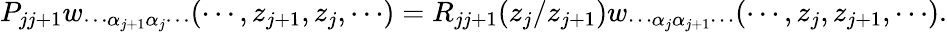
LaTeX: P_{jj+1}w_{\cdots\alpha_{j+1}\alpha_{j}\cdots}(\cdots,z_{j+1},z_{j},\cdots)=R_{jj+1}(z_{j}/z_{j+1})w_{\cdots\alpha_{j}\alpha_{j+1}\cdots}(\cdots,z_{j},z_{j+1},\cdots).